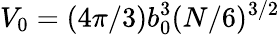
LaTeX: {V_{0}=(4\pi/3)b_{0}^{3}(N/6)^{3/2}}